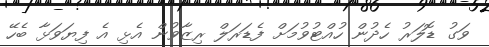
ވަގު ޑޮލަރު ހެދުން ހުއްޓުވުމަށް ފެޑަރަލް ރިޒާވުން އެޅި އެ ފިޔަވަޅާ ބެހޭ